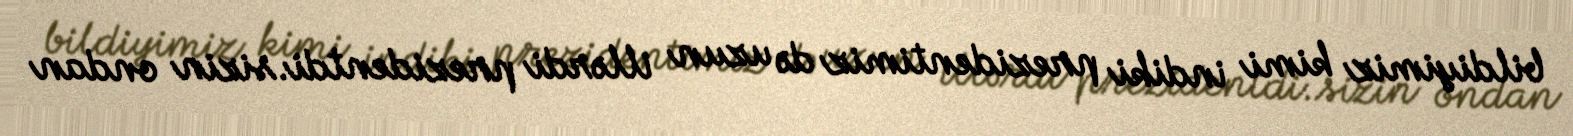
bildiyimiz kimi indiki prezidentimiz də uzun illərdi prezidentdi.sizin ondan